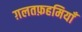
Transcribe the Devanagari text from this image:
ग़लतफ़हमियाँ